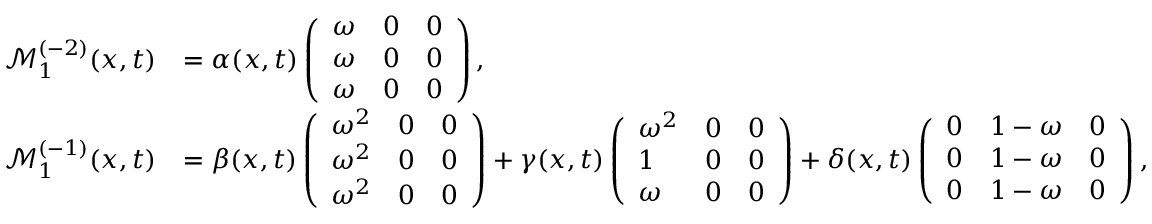
\begin{array} { r l } { \mathcal { M } _ { 1 } ^ { ( - 2 ) } ( x , t ) } & { = \alpha ( x , t ) \left( \begin{array} { l l l } { \omega } & { 0 } & { 0 } \\ { \omega } & { 0 } & { 0 } \\ { \omega } & { 0 } & { 0 } \end{array} \right) , } \\ { \mathcal { M } _ { 1 } ^ { ( - 1 ) } ( x , t ) } & { = \beta ( x , t ) \left( \begin{array} { l l l } { \omega ^ { 2 } } & { 0 } & { 0 } \\ { \omega ^ { 2 } } & { 0 } & { 0 } \\ { \omega ^ { 2 } } & { 0 } & { 0 } \end{array} \right) + \gamma ( x , t ) \left( \begin{array} { l l l } { \omega ^ { 2 } } & { 0 } & { 0 } \\ { 1 } & { 0 } & { 0 } \\ { \omega } & { 0 } & { 0 } \end{array} \right) + \delta ( x , t ) \left( \begin{array} { l l l } { 0 } & { 1 - \omega } & { 0 } \\ { 0 } & { 1 - \omega } & { 0 } \\ { 0 } & { 1 - \omega } & { 0 } \end{array} \right) , } \end{array}